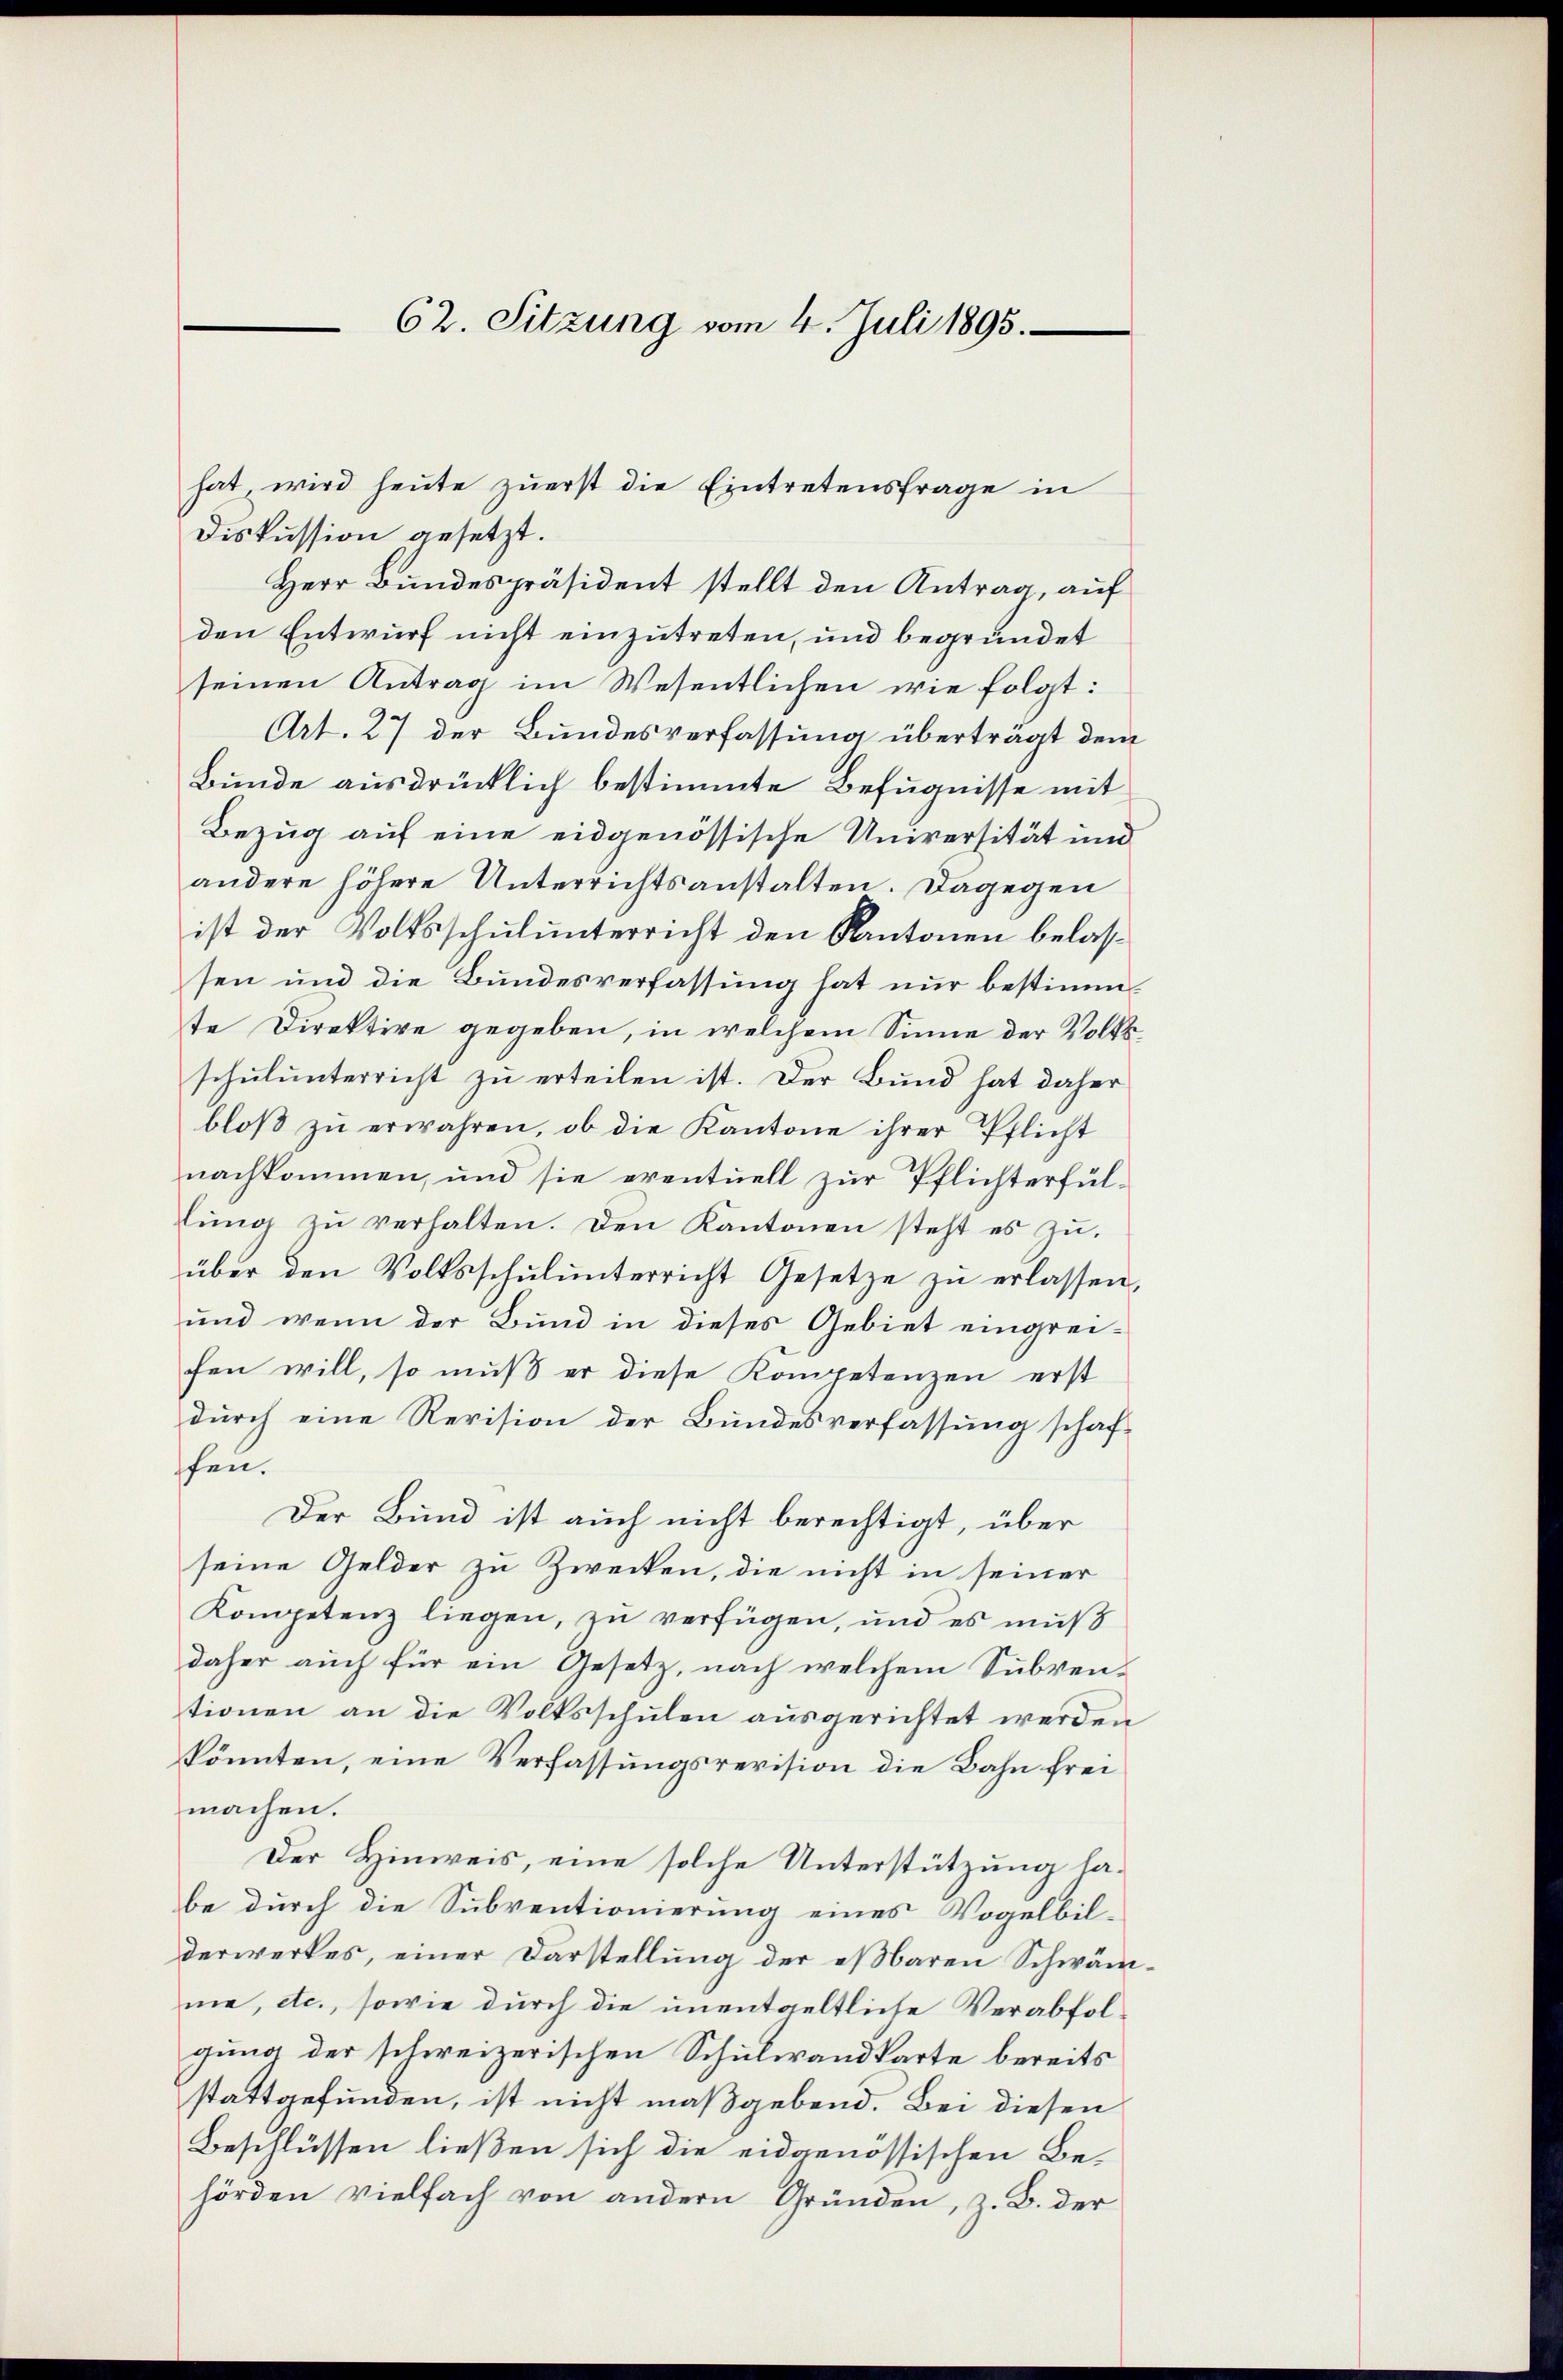
62. Sitzung vom 4. Juli 1895.

hat, wird heute zuerst die Eintretensfrage in
Diskussion gesetzt.
Herr Bundespräsident stellt den Antrag, auf
den Entwurf nicht einzutreten, und begründet
seinen Antrag im Wesentlichen wie folgt:
Art. 27 der Bundesverfassung überträgt dem
Bunde ausdrücklich bestimmte Befugnisse mit
Bezug auf eine eidgenössische Universität und
andere höhere Unterrichtsanstalten. Dagegen
ist der Volksschulunterricht den Kantonen belassen und die Bundesverfassung hat nur bestimmte Direktive gegeben, in welchem Sinne der Volksschulunterricht zu erteilen ist. Der Bund hat daher
bloβ zŭ erwahren, ob die Kantone ihrer Pflicht
nachkommen, und sie eventuell zur Pflichterfüllŭng zŭ verhalten. Den Kantonen steht es zŭ
über den Volksschŭlŭnterricht Gesetze zŭ erlassen,
und wenn der Bund in dieses Gebiet eingreifen will, so muß er diese Kompetenzen erst
durch eine Revision der Bundesverfassung schaf-
fen.
Der Bund ist auch nicht berechtigt, über
seine Gelder zu Zwecken, die nicht in seiner
Kompetenz liegen, zu verfügen, und es muß
daher auch für ein Gesetz, nach welchem Subventionen an die Volksschulen ausgerichtet werden
könnten, eine Verfassungsrevision die Bahn frei
machen.
Der Hinweis, eine solche Unterstützung habe durch die Subventionierung eines Vogelbil-
derwerkes, einer Darstellung der eßbaren Schwämme, etc., sowie durch die unentgeltliche Verabfolgung der schweizerischen Schulwandkarte bereits
stattgefunden, ist nicht maßgebend. Bei diesen
Beschlüssen ließen sich die eidgenössischen Be-
hörden vielfach von andern Gründen, z. B. der